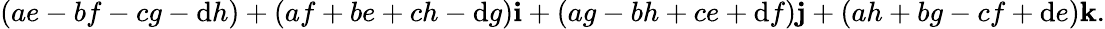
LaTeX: (ae-bf-cg-\mathrm{d}h)+(af+be+ch-\mathrm{d}g)\mathbf{{i}}+(ag-bh+ce+\mathrm{d}f)\mathbf{{j}}+(ah+bg-cf+\mathrm{d}e)\mathbf{{k}}.